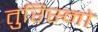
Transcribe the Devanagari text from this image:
तुरिस्मो